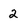
Character: 2